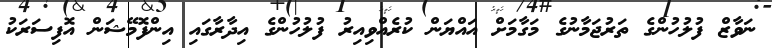
ނަވާޒް ފުލުހުންގެ ތަރުޖަމާނުގެ މަގާމަށް އައްޔަން ކުރެއްވިއިރު ފުލުހުންގެ އިދާރާގައި އިންފޮމޭޝަން އޮފިސަރަކު